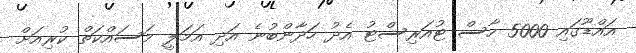
އައްޑޫގައި 5000 ހާސް ޓުއަރިސްޓު އެދު ހަދާންބުނެ އަދި އަމަލީ މަސައްކަތް ކުރިއަށް